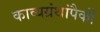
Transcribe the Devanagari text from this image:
काव्यग्रंथांपैकी